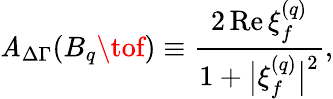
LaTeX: {\cal\mathit{A}}_{\mathrm{{\Delta\Gamma}}}(B_{q}\tof)\equiv\frac{{2\, \mathrm{{Re}}\, \xi_{f}^{(q)}}}{{1+\bigl|\xi_{f}^{(q)}\bigr|^{2}}},